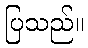
ပြသည်။